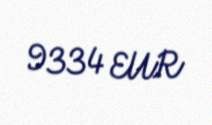
9334 EUR